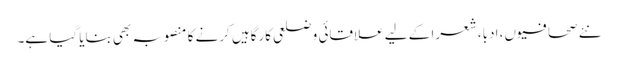
نئے صحافیوں، ادبا، شعرا کے لیے علاقائی و ضلعی کارگاہیں کرنے کا منصوبہ بھی بنایا گیا ہے۔